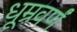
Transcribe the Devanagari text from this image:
धूम्रवर्णं